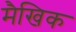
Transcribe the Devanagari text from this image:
मैखिक